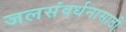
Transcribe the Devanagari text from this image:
जलसंवर्धनासाठी